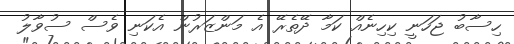
ހިސާބު ޖަހަނީ ކިހިނެއް ކަމާ ދޭތެރޭ އެ މަންޒަރުން އެކަނި ވެސް ސުވާލު